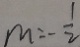
m = - \frac { 1 } { 2 }